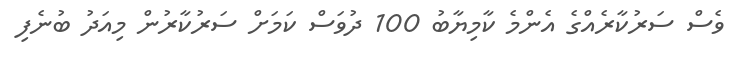
ވެސް ސަރުކާރެއްގެ އެންމެ ކާމިޔާބު 100 ދުވަސް ކަމަށް ސަރުކާރުން މިއަދު ބުނެފި